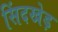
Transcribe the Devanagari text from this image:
सिंदखेड़